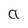
Character: a